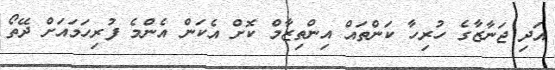
އަދި ޖަނާޒާގެ ހުރިހާ ކަންތައް އިންތިޒާމް ކޮށް އެކަން އެންމެ ފުރިހަމައަށް ދޭތޯ